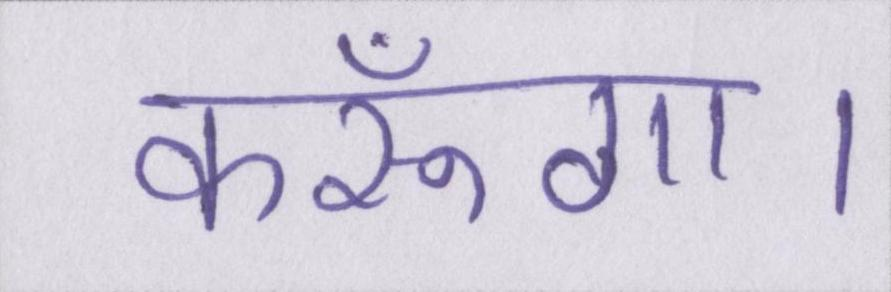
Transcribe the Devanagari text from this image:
करूँगा।